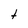
Character: t